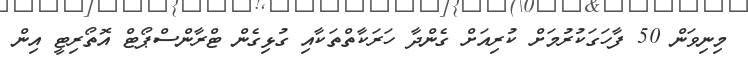
މިނިވަން 50 ފާހަގަކުރުމަށް ކުރިއަށް ގެންދާ ހަރަކާތްތަކާއި ގުޅިގެން ޓްރާންސްޕޯޓް އޮތޯރިޓީ އިން